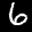
Label: 6